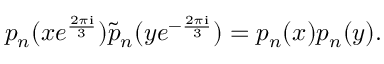
p _ { n } ( x e ^ { \frac { 2 \pi \mathrm { i } } { 3 } } ) \tilde { p } _ { n } ( y e ^ { - \frac { 2 \pi \mathrm { i } } { 3 } } ) = p _ { n } ( x ) p _ { n } ( y ) .